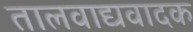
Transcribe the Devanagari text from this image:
तालवाद्यवादक